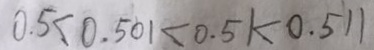
0 . 5 < 0 . 5 0 1 < 0 . 5 1 < 0 . 5 1 1